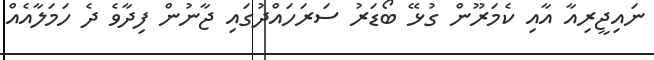
ނައިޖީރިއާ އާއި ކެމަރޫން ގުޅޭ ބޯޑަރު ސަރަަހައްދުގައި ޖާނުން ފިދާވެ ދެ ހަމަލާއެއް